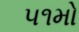
૫૧મો